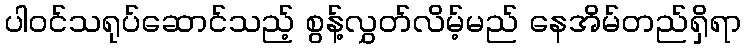
ပါဝင်သရုပ်ဆောင်သည့် စွန့်လွှတ်လိမ့်မည် နေအိမ်တည်ရှိရာ